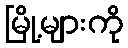
မြို့များကို